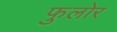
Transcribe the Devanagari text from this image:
फुलोर